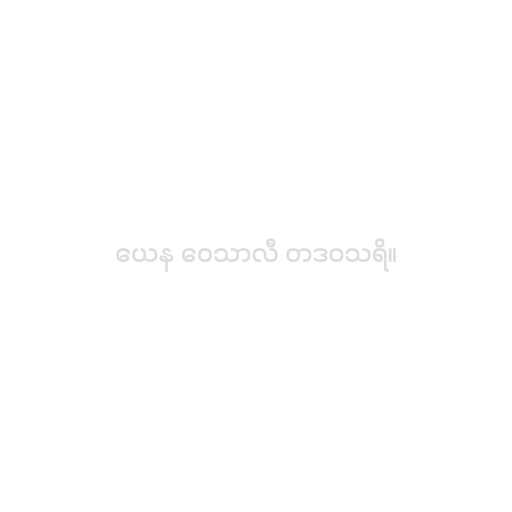
ယေန ဝေသာလီ တဒဝသရိ။